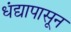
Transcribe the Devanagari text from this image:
धंद्यापासून